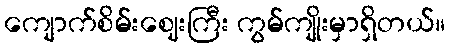
ကျောက်စိမ်းဈေးကြီး ကွမ်ကျိုးမှာရှိတယ်။